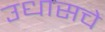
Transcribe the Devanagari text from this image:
उधासचे